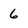
Character: 6